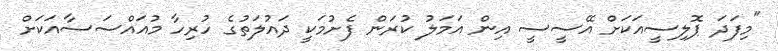
"މިފަދަ ޕޮލިސީއަކަށް އޭސީސީ އިން އަމަލު ކުރަން ފެށުމަކީ ދައުލަތުގެ ހުރިހާ މުއައްސަސާއަކަށް